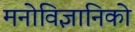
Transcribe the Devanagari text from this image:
मनोविज्ञानिको